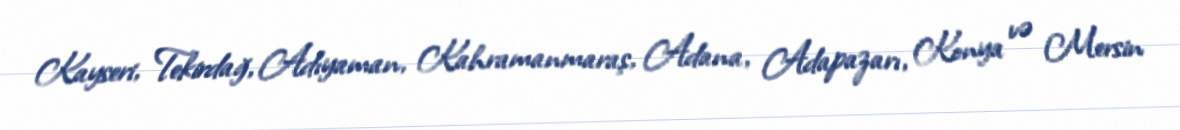
Kayseri, Tekirdağ, Adıyaman, Kahramanmaraş, Adana, Adapazarı, Konya və Mersin